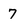
Character: 7